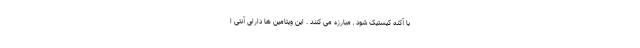
با آکنه کیستیک شود , مبارزه می کنند . این ویتامین ها دارای آنتی ا